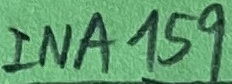
Text: INA159